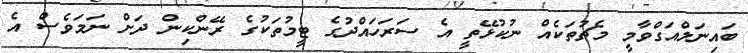
ބައިނަލްއަގްވާމީ މެޗުތަކެއް ނުކުޅޭތީ އެ ސަރަހައްދުގެ ޓީމުތަކުގެ ރޭންކިން ދަށް ނަމަވެސް އެ